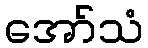
အော်သံ